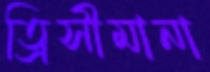
ত্রিসীমানা